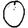
Digit: 0